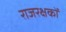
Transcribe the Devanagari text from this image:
राजरक्षकों